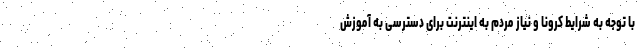
با توجه به شرایط کرونا و نیاز مردم به اینترنت برای دسترسی به آموزش